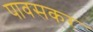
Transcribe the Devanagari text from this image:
पावसकर